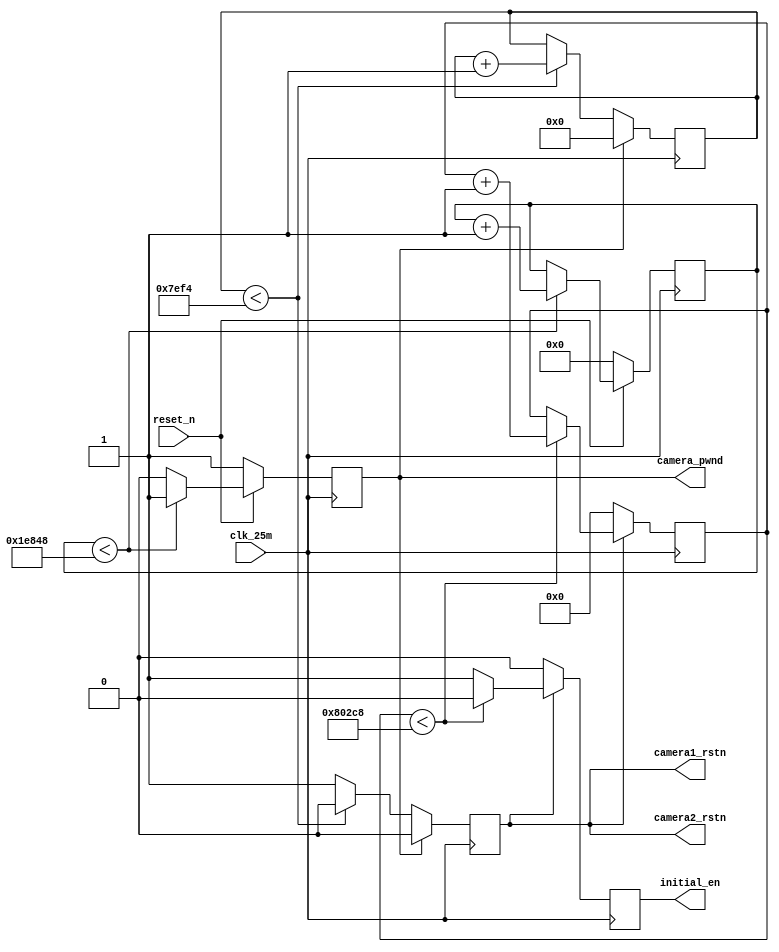
//camera power on timing requirement
module power_on_delay(clk_25m,reset_n,camera1_rstn,camera2_rstn,camera_pwnd,initial_en);                  
input clk_25m;
input reset_n;
output camera1_rstn;
output camera2_rstn;
output camera_pwnd;
output initial_en;
reg [18:0]cnt1;
reg [15:0]cnt2;
reg [19:0]cnt3;
reg initial_en;
reg camera_rstn_reg;
reg camera_pwnd_reg;

assign camera1_rstn=camera_rstn_reg;
assign camera2_rstn=camera_rstn_reg;
assign camera_pwnd=camera_pwnd_reg;

//5ms, delay from sensor power up stable to Pwdn pull down
always@(posedge clk_25m)
begin
  if(reset_n==1'b0) begin
	    cnt1<=0;
		 camera_pwnd_reg<=1'b1;  
  end
  else if(cnt1<18'd125000) begin // 25MHz = 0.04us, 5ms = 5000us 
       cnt1<=cnt1+1'b1;
       camera_pwnd_reg<=1'b1;
  end
  else
     camera_pwnd_reg<=1'b0;         
end

//1.3ms, delay from pwdn low to resetb pull up
always@(posedge clk_25m)
begin
  if(camera_pwnd_reg==1)  begin
	    cnt2<=0;
		 camera_rstn_reg<=1'b0;  
  end
  else if(cnt2<16'd32500) begin // 1.3ms = 1300us 1300/0.04=
       cnt2<=cnt2+1'b1;
       camera_rstn_reg<=1'b0;
  end
  else
     camera_rstn_reg<=1'b1;         
end

//21ms, delay from resetb pul high to SCCB initialization
always@(posedge clk_25m)
begin

  if(camera_rstn_reg==0) begin
         cnt3<=0;
         initial_en<=1'b0;
  end
  else if(cnt3<20'd525000) begin // 21ms = 21000us 21000/0.04
        cnt3<=cnt3+1'b1;
        initial_en<=1'b0;
  end
  else
       initial_en<=1'b1;    
end

endmodule